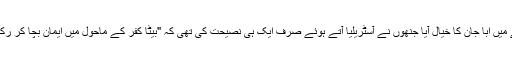
اتنے میں ابّا جان کا خیال آیا جنھوں نے آسٹریلیا آتے ہوئے صرف ایک ہی نصیحت کی تھی کہ "بیٹا کفر کے ماحول میں ایمان بچا کر رکھنا"۔